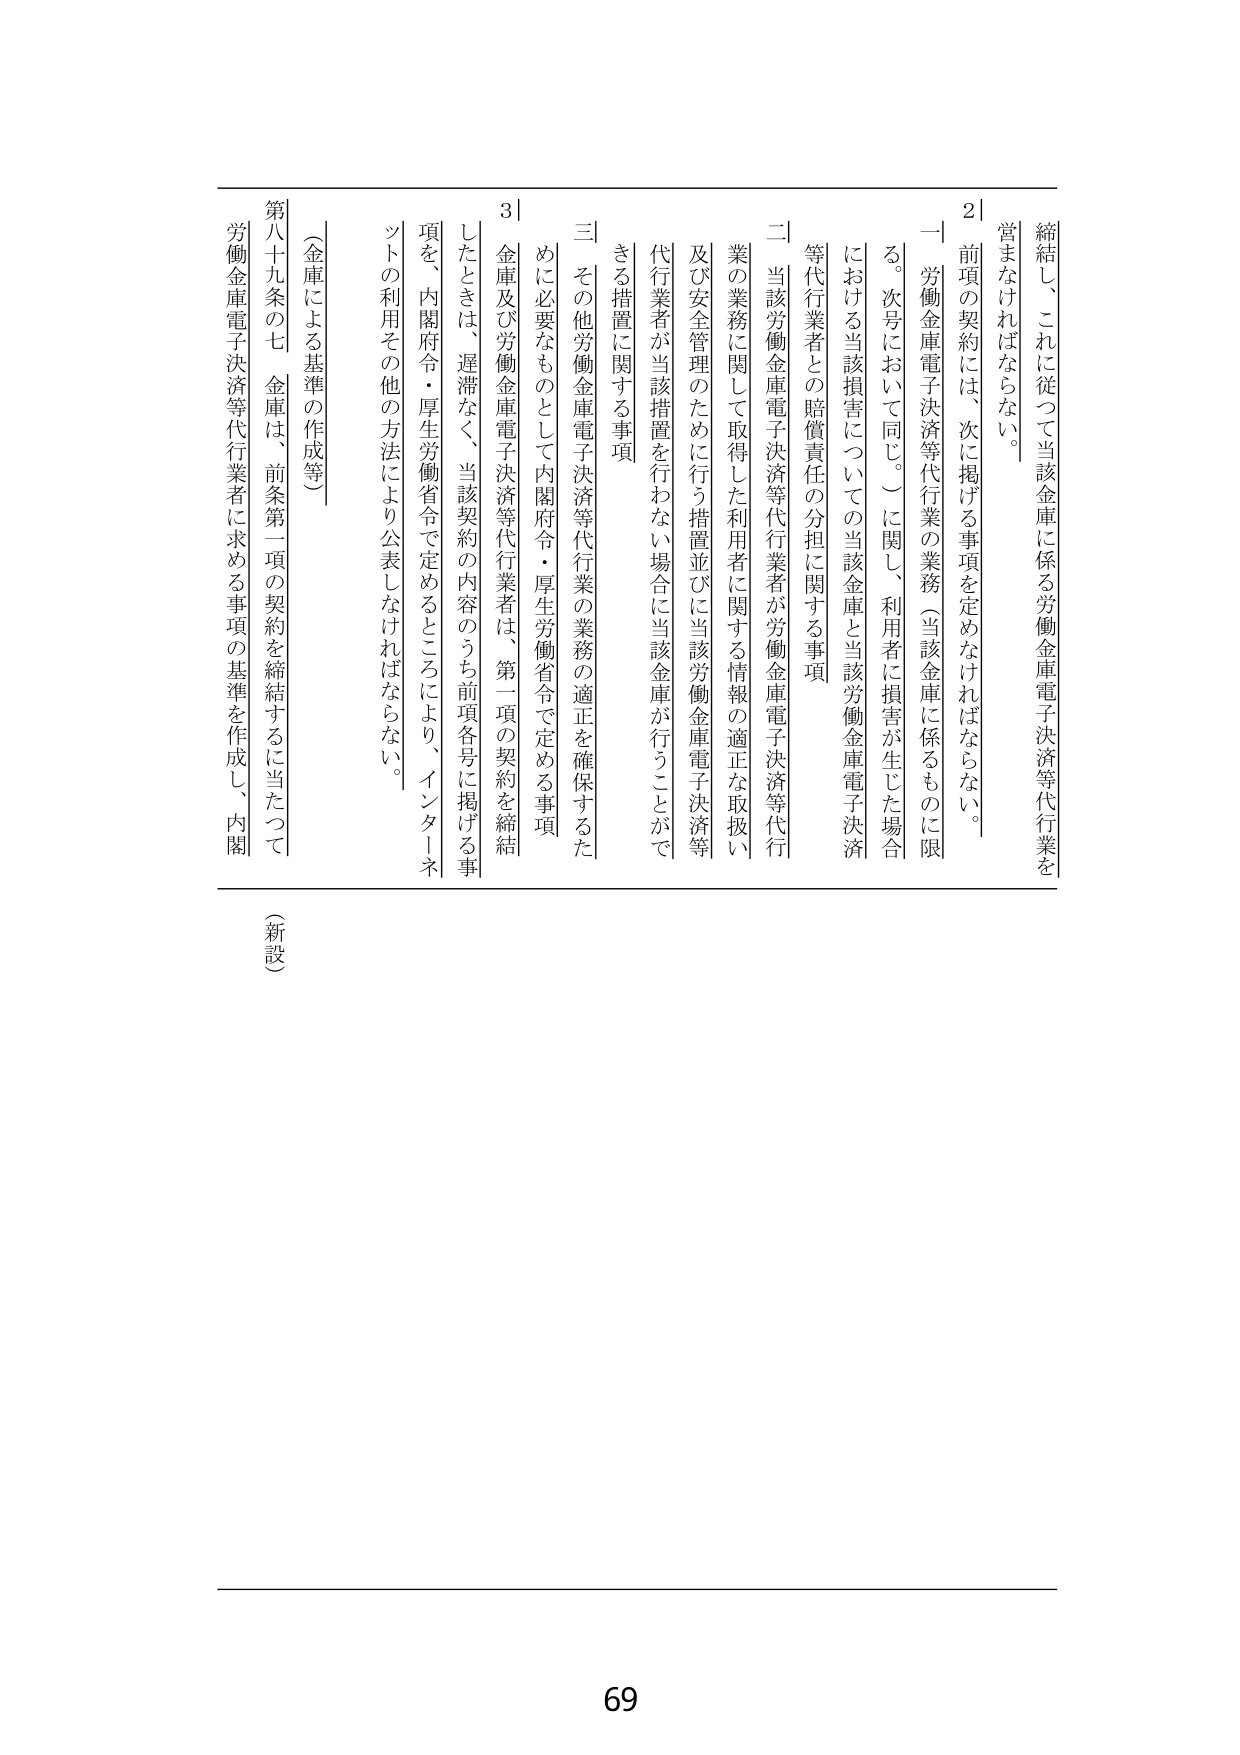
締結し、これに従って当該金庫に係る労働金庫電子決済等代行業を営まなければならない。

２ 前項の契約には、次に掲げる事項を定めなければならない。

一 労働金庫電子決済等代行業の業務（当該金庫に係るものに限る。次号において同じ。）に関し、利用者に損害が生じた場合における当該損害についての当該金庫と当該労働金庫電子決済等代行業者との賠償責任の分担に関する事項

二 当該労働金庫電子決済等代行業者が労働金庫電子決済等代行業の業務に関して取得した利用者に関する情報の適正な取扱い及び安全管理のために行う措置並びに当該労働金庫電子決済等代行業者が当該措置を行わない場合に当該金庫が行うことができる措置に関する事項

三 その他労働金庫電子決済等代行業の業務の適正を確保するために必要なものとして内閣府令・厚生労働省令で定める事項

３ 金庫及び労働金庫電子決済等代行業者は、第一項の契約を締結したときは、遅滞なく、当該契約の内容のうち前項各号に掲げる事項を、内閣府令・厚生労働省令で定めるところにより、インターネットの利用その他の方法により公表しなければならない。

（金庫による基準の作成等）

第八十九条の七 金庫は、前条第一項の契約を締結するに当たって労働金庫電子決済等代行業者に求める事項の基準を作成し、内閣

（新設）

69